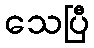
သေပြီ